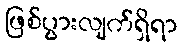
ဖြစ်ပွားလျက်ရှိရာ